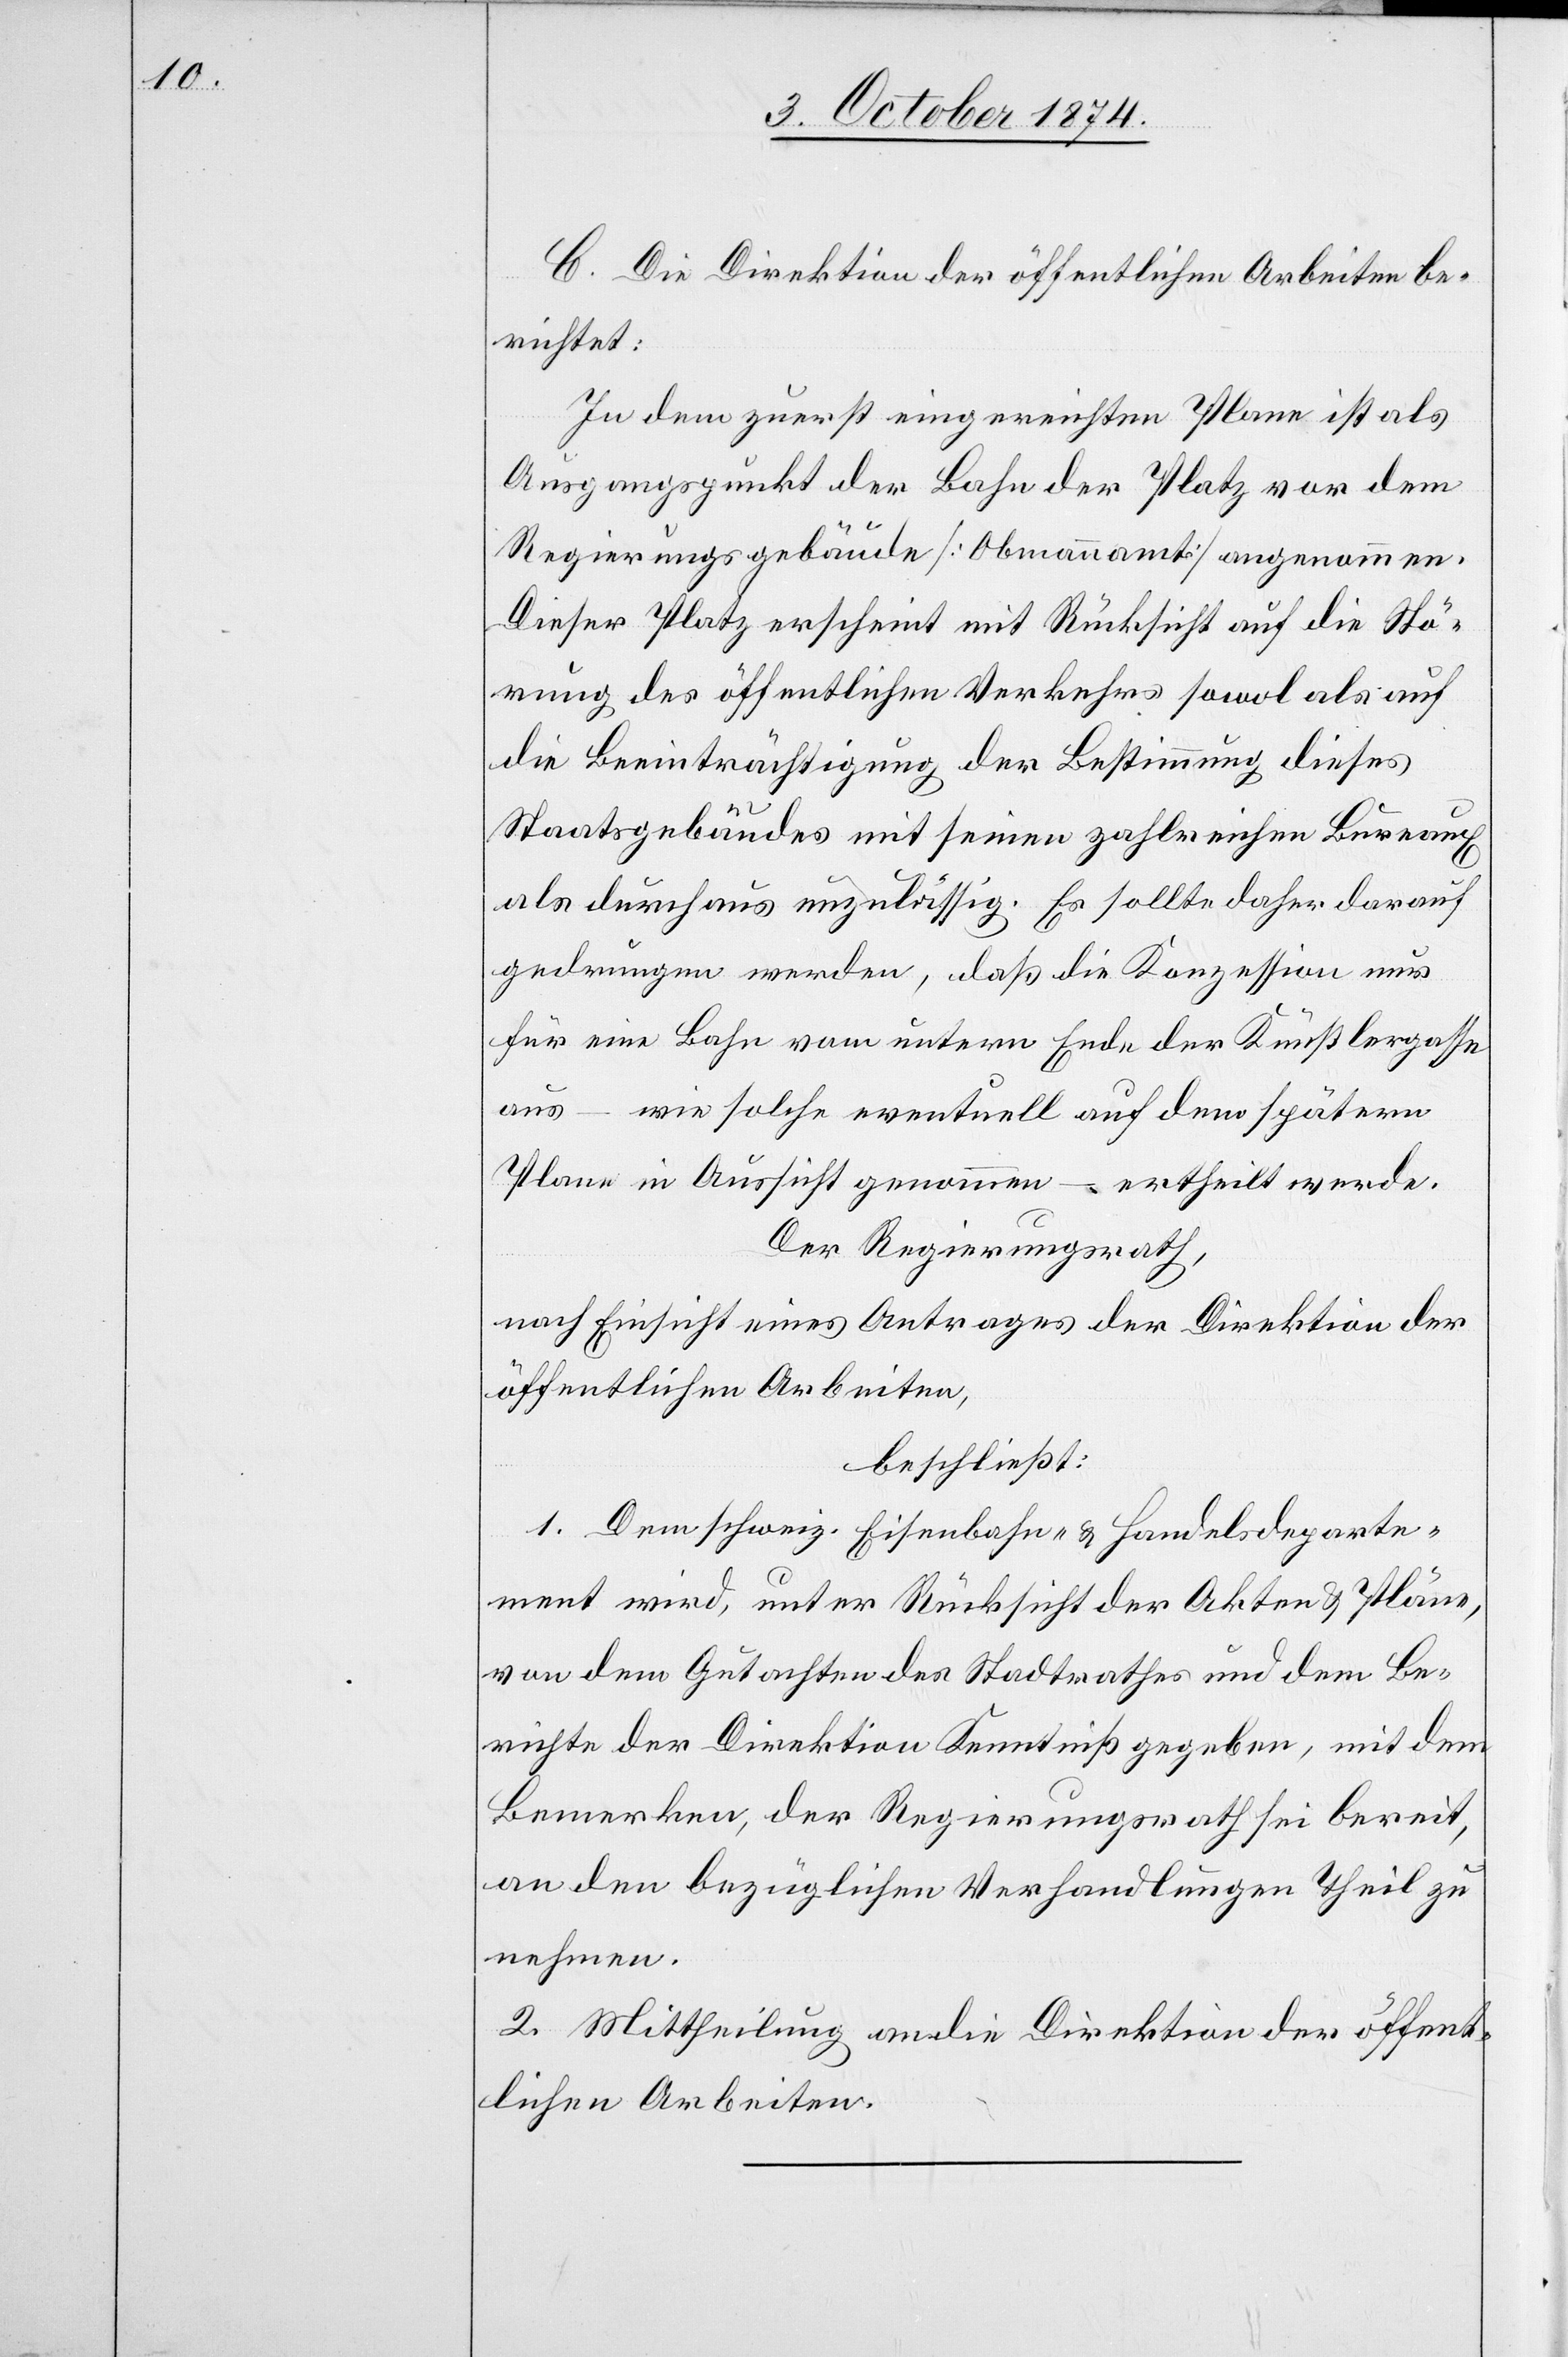
C. Die Direktion der öffentlichen Arbeiten be¬
richtet:
In dem zuerst eingereichten Plane ist als
Ausgangspunkt der Bahn der Platz vor dem
Regierungsgebäude [Obmannamt] angenommen.
Dieser Platz erscheint mit Rücksicht auf die Stö¬
rung des öffentlichen Verkehrs sowol als auf
die Beeinträchtigung der Bestimmung dieses
Staatsgebäudes mit seinen zahlreichen Bureaux
als durchaus unzulässig. Es sollte daher darauf
gedrungen werden, daß die Konzession nur
für eine Bahn vom untern Ende der Künstlergasse
aus – wie solche eventuell auf dem spätern
Plane in Aussicht genommen – ertheilt werde.
Der Regierungsrath,
nach Einsicht eines Antrages der Direktion der
öffentlichen Arbeiten,
beschließt:
1. Dem schweiz. Eisenbahn- & Handelsdeparte¬
ment wird, unter Rücksicht der Akten & Pläne,
von dem Gutachten des Stadtrathes und dem Be¬
richte der Direktion Kenntniß gegeben, mit dem
Bemerken, der Regierungsrath sei bereit,
an den bezüglichen Verhandlungen Theil zu
nehmen.
2. Mittheilung an die Direktion der öffent¬
lichen Arbeiten.